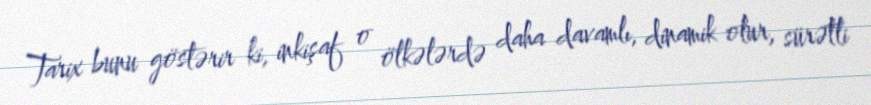
Tarix bunu göstərir ki, inkişaf o ölkələrdə daha davamlı, dinamik olur, sürətli